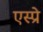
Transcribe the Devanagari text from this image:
एस्प्रे